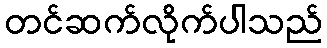
တင်ဆက်လိုက်ပါသည်